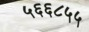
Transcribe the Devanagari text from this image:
५६६८५५